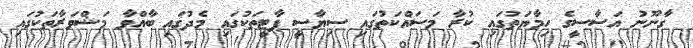
ގާނޫނު އަސާސީގެ ހިމާޔަތުގައި ކުރާ މަސައްކަތުގައި ސިޔާސީ ޕާޓީތަކުގައި މެދުގައި ބާއްވާ މަޝްވަރާތަކުގައި